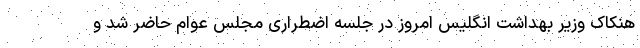
هنکاک وزیر بهداشت انگلیس امروز در جلسه اضطراری مجلس عوام حاضر شد و